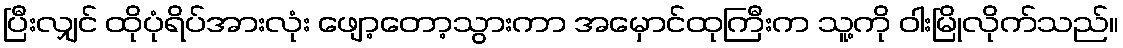
ပြီးလျှင် ထိုပုံရိပ်အားလုံး ဖျော့တော့သွားကာ အမှောင်ထုကြီးက သူ့ကို ဝါးမြိုလိုက်သည်။